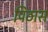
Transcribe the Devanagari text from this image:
पिठास